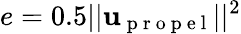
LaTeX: e=0.5||\mathbf{u}_{\mathrm{~p~r~o~p~e~l~}}||^{2}